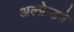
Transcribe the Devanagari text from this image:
अल्फ्रेडने